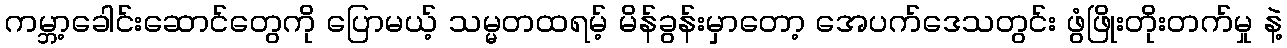
ကမ္ဘာ့ခေါင်းဆောင်တွေကို ပြောမယ့် သမ္မတထရမ့် မိန်ခွန်းမှာတော့ အေပက်ဒေသတွင်း ဖွံဖြိုးတိုးတက်မှု နဲ့